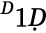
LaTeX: ^Ḋ1Ḍ